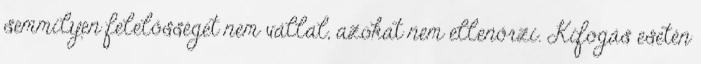
semmilyen felelősséget nem vállal, azokat nem ellenőrzi. Kifogás esetén